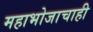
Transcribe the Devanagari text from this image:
महाभोजाचाही